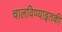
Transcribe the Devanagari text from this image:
चालविण्याइतकी